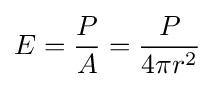
E={\frac {P}{A}}={\frac {P}{4\pi r^{2}}}